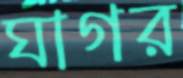
ঘাগর